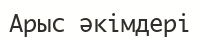
Арыс әкімдері